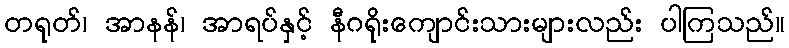
တရုတ်၊ အာနန်၊ အာရပ်နှင့် နီဂရိုးကျောင်းသားများလည်း ပါကြသည်။